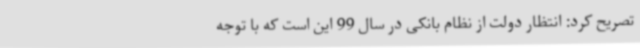
تصریح کرد: انتظار دولت از نظام بانکی در سال 99 این است که با توجه